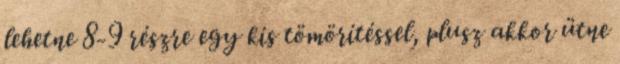
lehetne 8-9 részre egy kis tömörítéssel, plusz akkor ütne